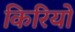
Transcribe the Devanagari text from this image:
किरियो